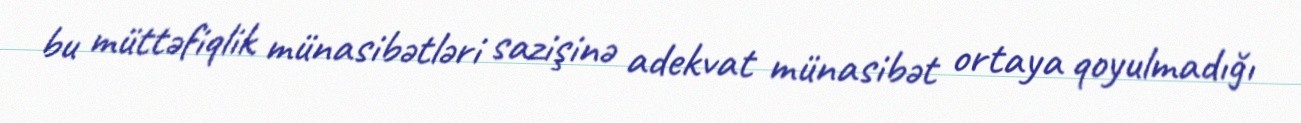
bu müttəfiqlik münasibətləri sazişinə adekvat münasibət ortaya qoyulmadığı